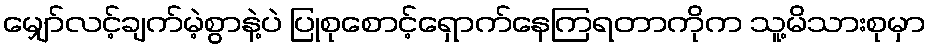
မျှော်လင့်ချက်မဲ့စွာနဲ့ပဲ ပြုစုစောင့်ရှောက်နေကြရတာကိုက သူ့မိသားစုမှာ